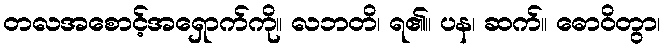
တလအစောင့်အရှောက်ကို။ လဘတိ၊ ရ၏။ ပန၊ ဆက်။ ဓောဝိတွာ၊